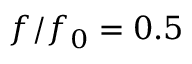
f / f _ { 0 } = 0 . 5